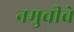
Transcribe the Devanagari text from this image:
नमुचीचे